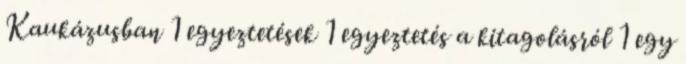
Kaukázusban 1 egyeztetések 1 egyeztetés a kitagolásról 1 egy